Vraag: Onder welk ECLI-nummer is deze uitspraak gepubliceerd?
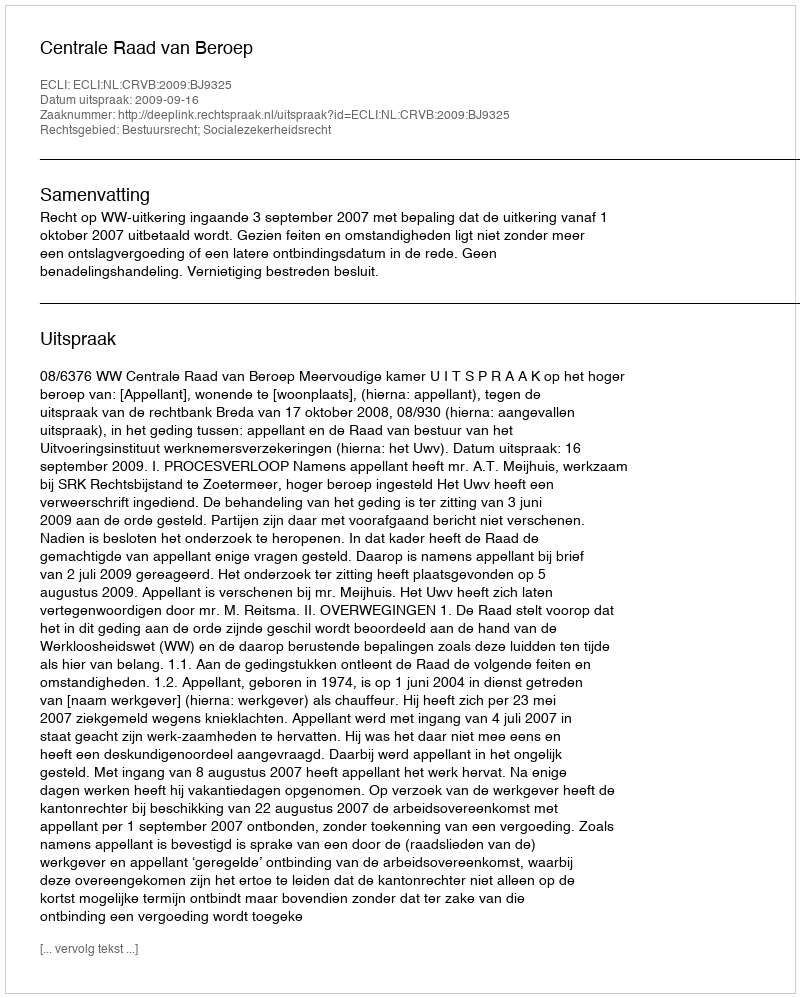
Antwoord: ECLI:NL:CRVB:2009:BJ9325